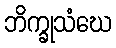
ဘိက္ခုသံဃေ